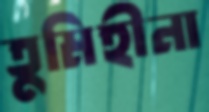
তুমিহীনা